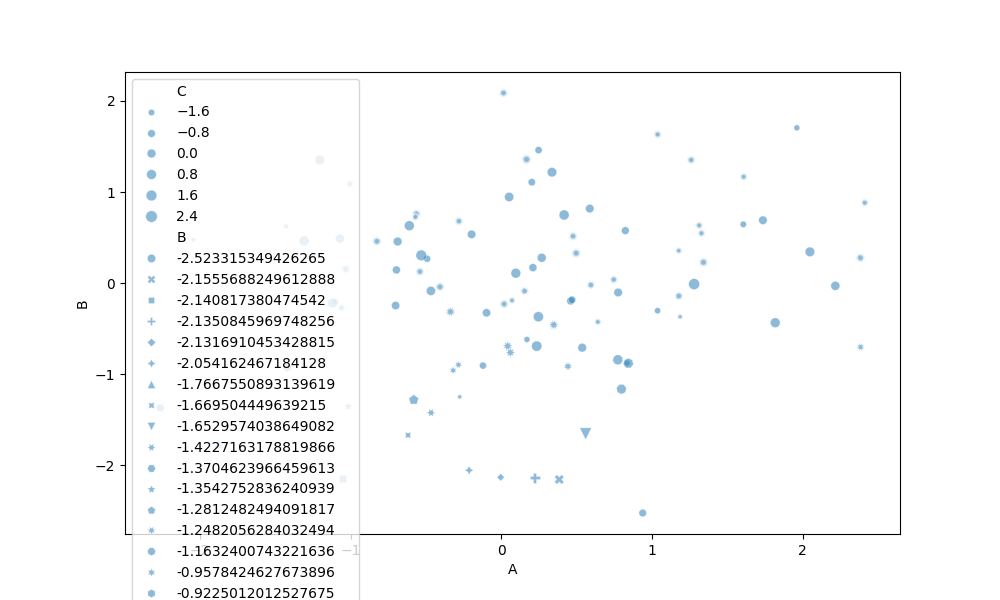
python, seaborn, scatterplot, hue='None', style='B', size='C', palette='muted', alpha=0.5